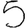
Digit: 5